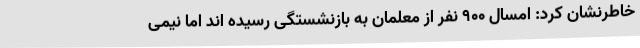
خاطرنشان کرد: امسال 900 نفر از معلمان به بازنشستگی رسیده اند اما نیمی